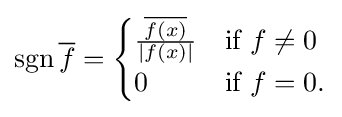
\operatorname {sgn} {\overline {f}}={\begin{cases}{\frac {\overline {f(x)}}{|f(x)|}}&{\text{if }}f\neq 0\\0&{\text{if }}f=0.\end{cases}}